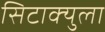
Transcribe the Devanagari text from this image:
सिटाक्युला